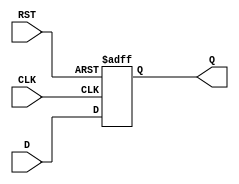
module StoreRegister #(parameter n = 8) (
    input wire [n-1:0] D,      // Data Input
    input wire CLK,            // Clock Input
    input wire RST,            // Asynchronous Reset
    output reg [n-1:0] Q       // Data Output
);

// Sequential logic block
always @(posedge CLK or posedge RST) begin
    if (RST) begin
        Q <= {n{1'b0}}; // Asynchronous reset, set Q to 0
    end else begin
        Q <= D; // Capture the input data on the rising edge of the clock
    end
end

endmodule